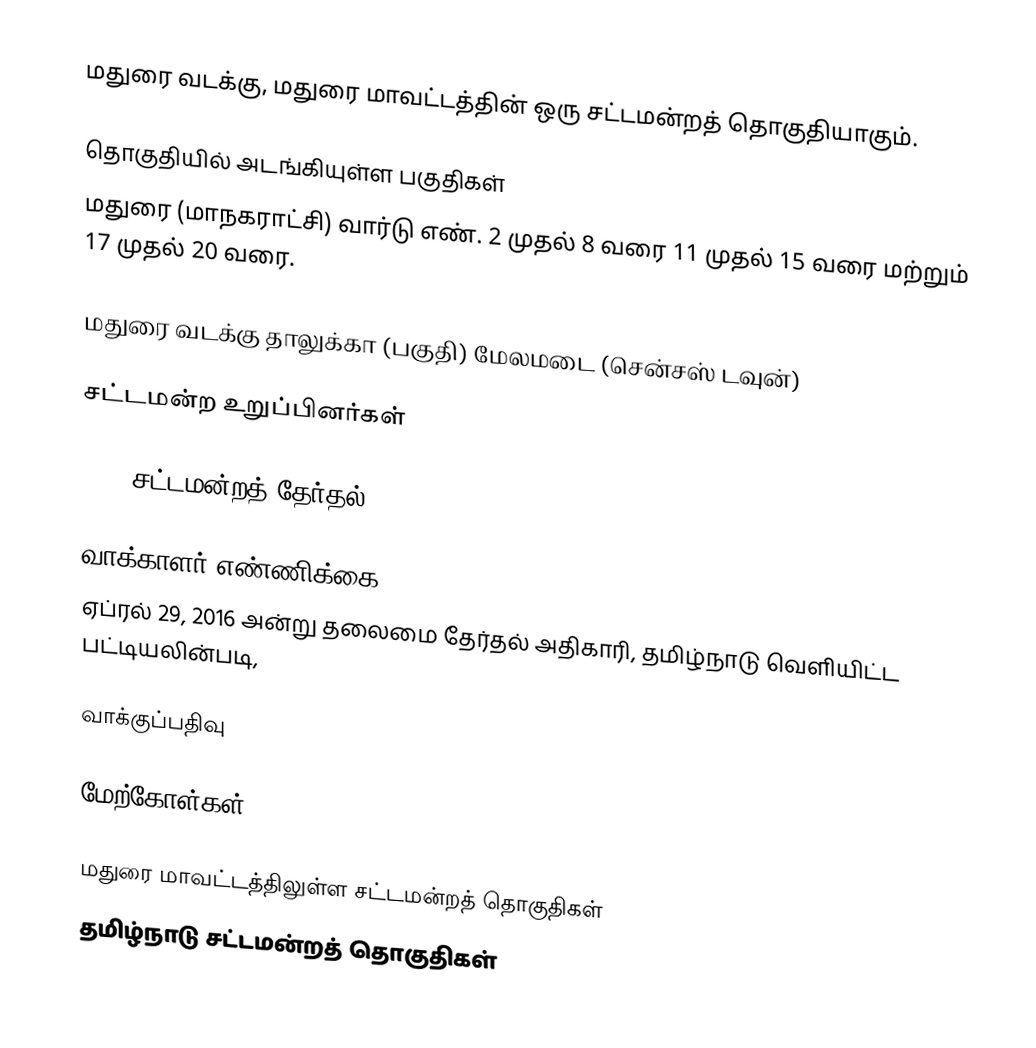
மதுரை வடக்கு, மதுரை மாவட்டத்தின் ஒரு சட்டமன்றத் தொகுதியாகும்.

தொகுதியில் அடங்கியுள்ள பகுதிகள்
மதுரை (மாநகராட்சி) வார்டு எண். 2 முதல் 8 வரை 11 முதல் 15 வரை மற்றும் 17 முதல் 20 வரை.

மதுரை வடக்கு தாலுக்கா (பகுதி) மேலமடை (சென்சஸ் டவுன்)

சட்டமன்ற உறுப்பினர்கள்

2016 சட்டமன்றத் தேர்தல்

வாக்காளர் எண்ணிக்கை
ஏப்ரல் 29, 2016 அன்று தலைமை தேர்தல் அதிகாரி, தமிழ்நாடு வெளியிட்ட பட்டியலின்படி,

வாக்குப்பதிவு

மேற்கோள்கள்

மதுரை மாவட்டத்திலுள்ள சட்டமன்றத் தொகுதிகள்
தமிழ்நாடு சட்டமன்றத் தொகுதிகள்